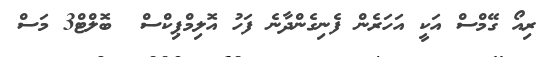
ރިއޯ ގޭމްސް އަކީ އަހަރެން ފެނިގެންދާނެ ފަހު އޮލިމްޕިކްސް  ބޮލްޓް3 މަސް